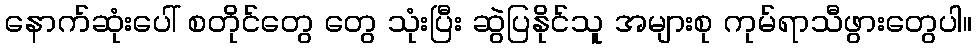
နောက်ဆုံးပေါ် စတိုင်တွေ တွေ သုံးပြီး ဆွဲပြနိုင်သူ အများစု ကုမ်ရာသီဖွားတွေပါ။